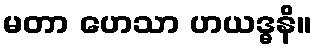
မတာ ဟေသာ ဟယဒ္ဓနိ။